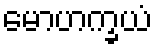
မောဟက္ခယံ